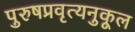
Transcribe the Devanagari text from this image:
पुरुषप्रवृत्यनुकूल